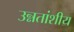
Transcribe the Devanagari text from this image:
उन्नतांशीय